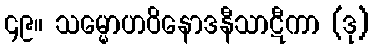
၄၉။ သမ္မောဟဝိနောဒနီသာဋီကာ (ဒု)